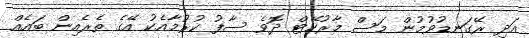
އަދި ރޭގަނޑުވުމުން މަސް މާރުކޭޓް ދޮވެ ސާފު ކުރުމާއެކު އޭގެ ތެރެއިން ބައެއް